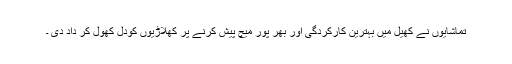
تماشایوں نے کھیل میں بہترین کارکردگی اور بھر پور میچ پیش کرنے پر کھلاڑیوں کودل کھول کر داد دی ۔